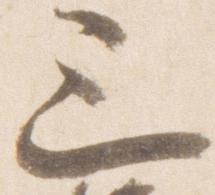
三